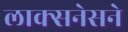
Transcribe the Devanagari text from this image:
लाक्सनेसने